Indian journal of veterinary science and animal husbandry - Volumes 18-21, 1948-1951
Year: 1948
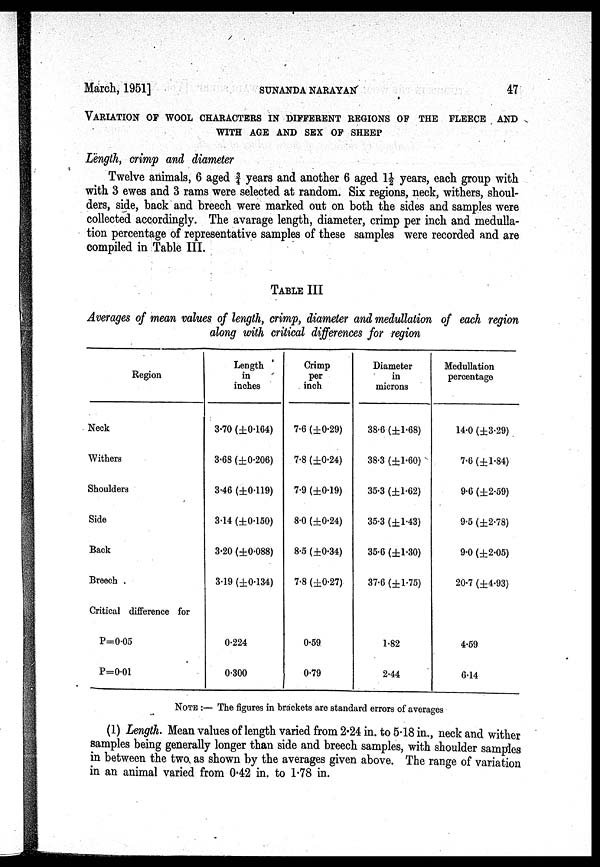
March, 1951]
SUNANDA
NARAYAN
47
VARIATION OF WOOL CHARACTERS IN DIFFERENT REGIONS OF THE FLEECE AND
WITH AGE AND SEX OF SHEEP
Length, crimp and diameter
Twelve animals, 6 aged ¾ years and another 6 aged 1½ years, each group with
with 3 ewes and 3 rams were selected at random. Six regions, neck, withers, shoul-
ders, side, back and breech were marked out on both the sides and samples were
collected accordingly. The avarage length, diameter, crimp per inch and medulla-
tion percentage of representative samples of these samples were recorded and are
compiled in Table III.
TABLE III
Averages of mean values of length, crimp, diameter and medullation of each region
along with critical differences for region
Region
Neck
Withers
Shoulders
Side
Back
Breech
Critical difference for
P=0.05
P=0.01
Length
in
inches
3.70 (±0.164)
3.68 (±0.206)
3.46 (±0.119)
3.14 (±0.150)
3.20 (±0.088)
3.19 (±0.134)
0.224
0.300
Crimp
per
inch
7.6 (±0.29)
7.8 (±0.24)
7.9 (±0.19)
8.0 (±0.24)
8.5 (±0.34)
7.8 (±0.27)
0.59
0.79
Diameter
in
microns
38.6 (±1.68)
38.3 (±1.60)
35.3 (±1.62)
35.3 (±1.43)
35.6 (±1.30)
37.6 (±1.75)
1.82
2.44
Medullation
percentage
14.0 (±3.29)
7.6 (±1.84)
9.6 (±2.59)
9.5 (±2.78)
9.0 (±2.05)
20.7 (±4.93)
4.59
6.14
NOTE :— The figures in brackets are standard errors of averages
(1) Length. Mean values of length varied from 2.24 in. to 5.18 in., neck and wither
samples being generally longer than side and breech samples, with shoulder samples
in between the two as shown by the averages given above. The range of variation
in an animal varied from 0.42 in. to 1.78 in.